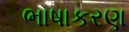
ભાષાકરણ